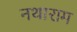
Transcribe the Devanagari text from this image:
नथाराम